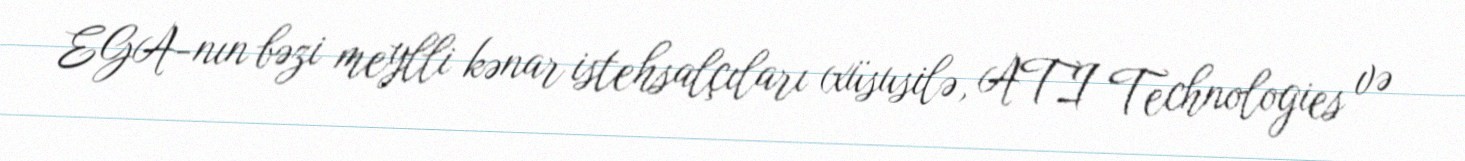
EGA-nın bəzi meylli kənar istehsalçıları (xüsusilə, ATI Technologies və